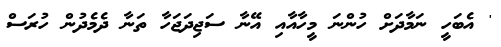
' އެބަހީ ނަމާދަށް ހުންނަ މީހާއާއި އޭނާ ސަޖިދަޖަހާ ތަނާ ދެމެދުން ހުރަސް